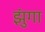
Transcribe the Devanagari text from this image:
झुंगा